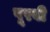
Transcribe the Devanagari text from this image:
पूरवी